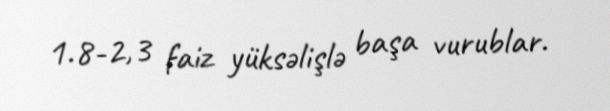
1.8-2,3 faiz yüksəlişlə başa vurublar.